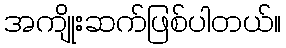
အကျိုးဆက်ဖြစ်ပါတယ်။